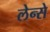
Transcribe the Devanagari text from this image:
लेन्से